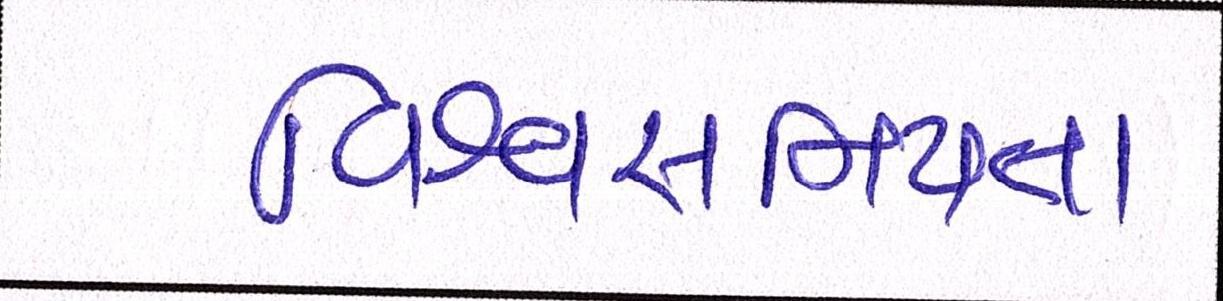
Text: વિશ્વસનિયતા